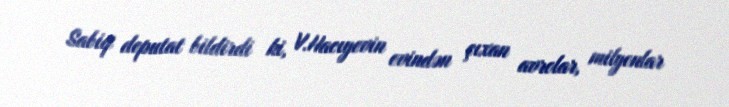
Sabiq deputat bildirdi ki, V.Hacıyevin evindən çıxan avrolar, milyonlar